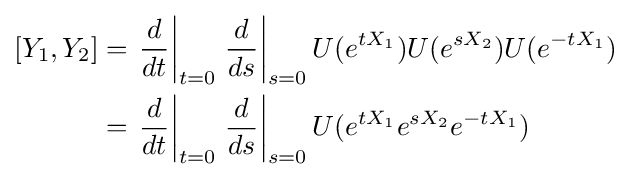
{\begin{aligned}[][Y_{1},Y_{2}]&=\left.{\frac {d}{dt}}\right|_{t=0}\left.{\frac {d}{ds}}\right|_{s=0}U(e^{tX_{1}})U(e^{sX_{2}})U(e^{-tX_{1}})\\&=\left.{\frac {d}{dt}}\right|_{t=0}\left.{\frac {d}{ds}}\right|_{s=0}U(e^{tX_{1}}e^{sX_{2}}e^{-tX_{1}})\end{aligned}}